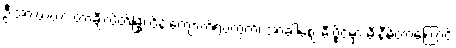
ဦးအားဖာဟာ တာချီလိတ်မြို့၊ ဝိန်းကျောက်ရပ်ကွက်၊ အာခါစျေးမီးပွိုင့်မှာ မီးနီမိတာကြောင့်